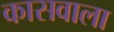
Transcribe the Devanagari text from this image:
कासवाला